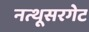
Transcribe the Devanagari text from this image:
नत्थूसरगेट